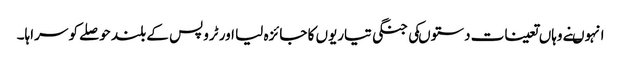
انہوںنے وہاں تعینات دستوںکی جنگی تیاریوں کا جائزہ لیا اور ٹروپس کے بلند حوصلے کو سراہا۔